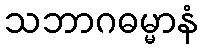
သဘာဂဓမ္မာနံ